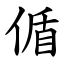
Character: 偱